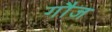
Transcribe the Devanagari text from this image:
गौज